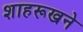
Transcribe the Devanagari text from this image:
शाहरूखने